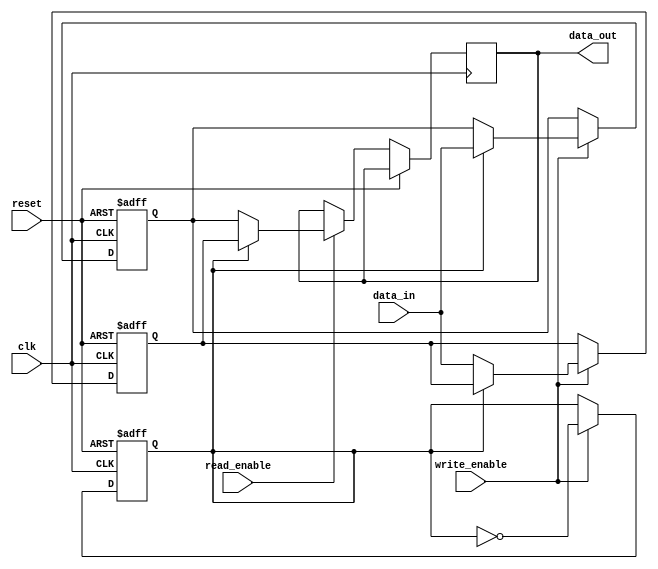
module double_buffer_register (
    input wire clk,
    input wire reset,
    input wire [7:0] data_in,      // Assuming 8-bit data input
    input wire write_enable,
    input wire read_enable,
    output reg [7:0] data_out       // Assuming 8-bit data output
);

    // Internal registers for the double buffer
    reg [7:0] buffer_a;
    reg [7:0] buffer_b;
    reg active_buffer;               // 0 for buffer_a, 1 for buffer_b

    // Asynchronous reset and buffer management
    always @(posedge clk or posedge reset) begin
        if (reset) begin
            // Clear both buffers on reset
            buffer_a <= 8'b0;
            buffer_b <= 8'b0;
            active_buffer <= 1'b0;    // Start with buffer_a as active
        end else begin
            // Write data to the active buffer
            if (write_enable) begin
                if (active_buffer == 1'b0) begin
                    buffer_a <= data_in;
                end else begin
                    buffer_b <= data_in;
                end
                // Toggle the active buffer
                active_buffer <= ~active_buffer;
            end
            
            // Read data from the non-active buffer
            if (read_enable) begin
                if (active_buffer == 1'b0) begin
                    data_out <= buffer_b; // Read from buffer_b
                end else begin
                    data_out <= buffer_a; // Read from buffer_a
                end
            end
        end
    end

endmodule